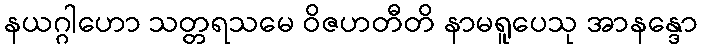
နယဂ္ဂါဟော သတ္တရသမေ ဝိဇဟတီတိ နာမရူပေသု အာနန္ဒော